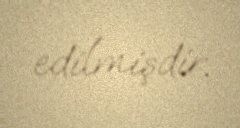
edilmişdir.